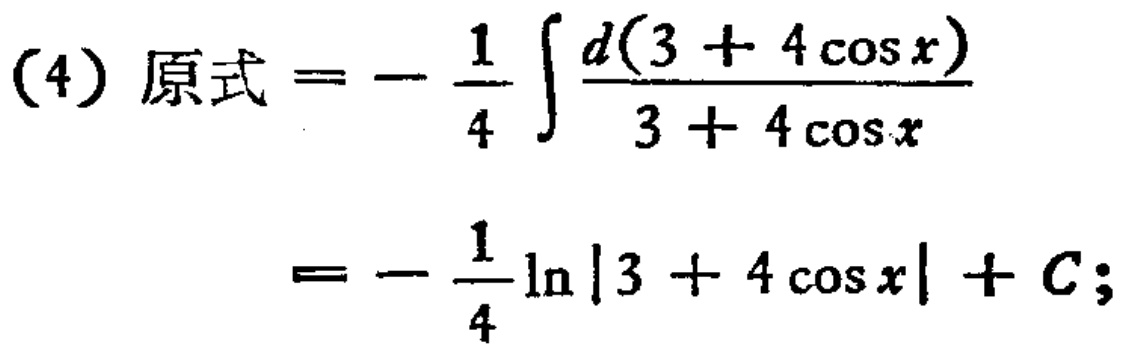
(4) 原式 \(=-\frac{1}{4}\int\frac{d(3 + 4\cos x)}{3 + 4\cos x}\)
\(=-\frac{1}{4}\ln|3 + 4\cos x| + C;\)